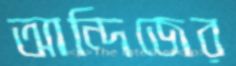
আন্দিজের